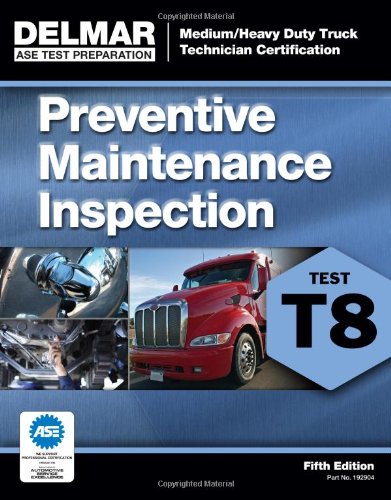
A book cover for ASE Test Prep- T8 Preventive Maintenance (Delmar Learning's Test Preparation); Cengage Learning Delmar; Engineering & Transportation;